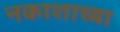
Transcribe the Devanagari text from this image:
नकाशाच्या